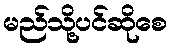
မည်သို့ပင်ဆိုစေ